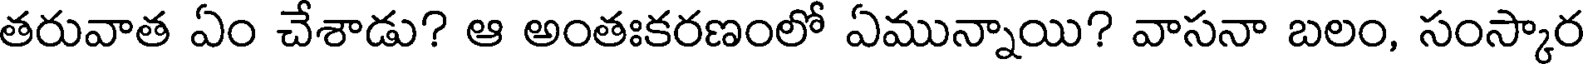
తరువాత ఏం చేశాడు? ఆ అంతఃకరణంలో ఏమున్నాయి? వాసనా బలం, సంస్కార